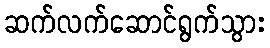
ဆက်လက်ဆောင်ရွက်သွား